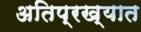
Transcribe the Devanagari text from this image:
अतिप्रख्यात